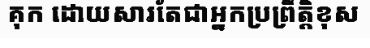
គុក ដោយសារតែជាអ្នកប្រព្រឹត្តិខុស